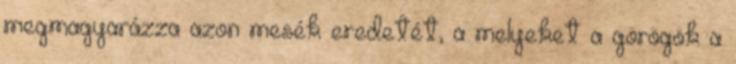
megmagyarázza azon mesék eredetét, a melyeket a görögök a